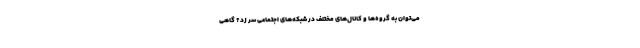
می‌توان به گروه‌ها و کانال‌های مختلف در شبکه‌های اجتماعی سر زد؟ گاهی